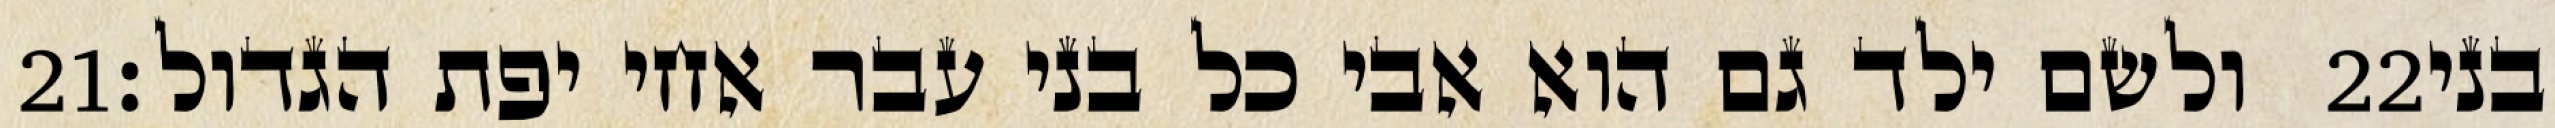
‎21‏ ולשם ילד גם הוא אבי כל בני עבר אחי יפת הגדול׃ ‎22‏ בני